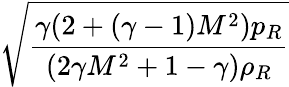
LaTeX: \sqrt{\frac{\gamma(2+(\gamma-1)M^{2})p_{R}}{(2\gamma M^{2}+1-\gamma)\rho_{R}}}